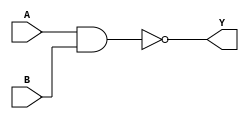
//2022-7-21  llz
//yufeimen;
//
//
//
module nand_gate(A,B,Y);
	input	A;
        input	B;
	output	Y;

assign		Y=~(A&B);

endmodule